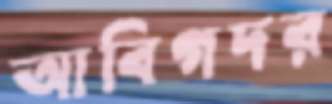
আবিগদর